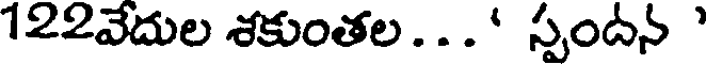
122వేదుల శకుంతల ...' స్పందన